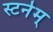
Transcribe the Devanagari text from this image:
स्टर्नम्‌